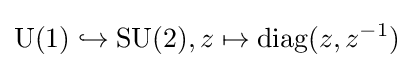
\operatorname {U} (1)\hookrightarrow \operatorname {SU} (2),z\mapsto \operatorname {diag} (z,z^{-1})